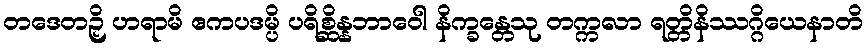
တဒေတဉှိ ဟရာမိ ဧကပဒမ္ပိ ပရိစ္ဆိန္နဘာဝေါ နိက္ခန္တေသု တက္ကလာ ရတ္တိနိဿဂ္ဂိယေနာတိ